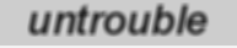
untrouble